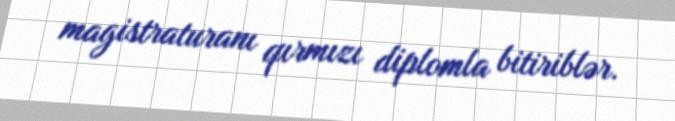
magistraturanı qırmızı diplomla bitiriblər.